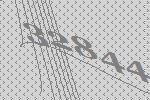
32844